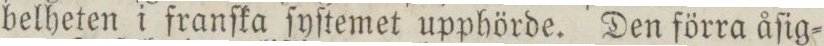
belheten i franſka ſyſtemet upphörde. Den förra åſig=